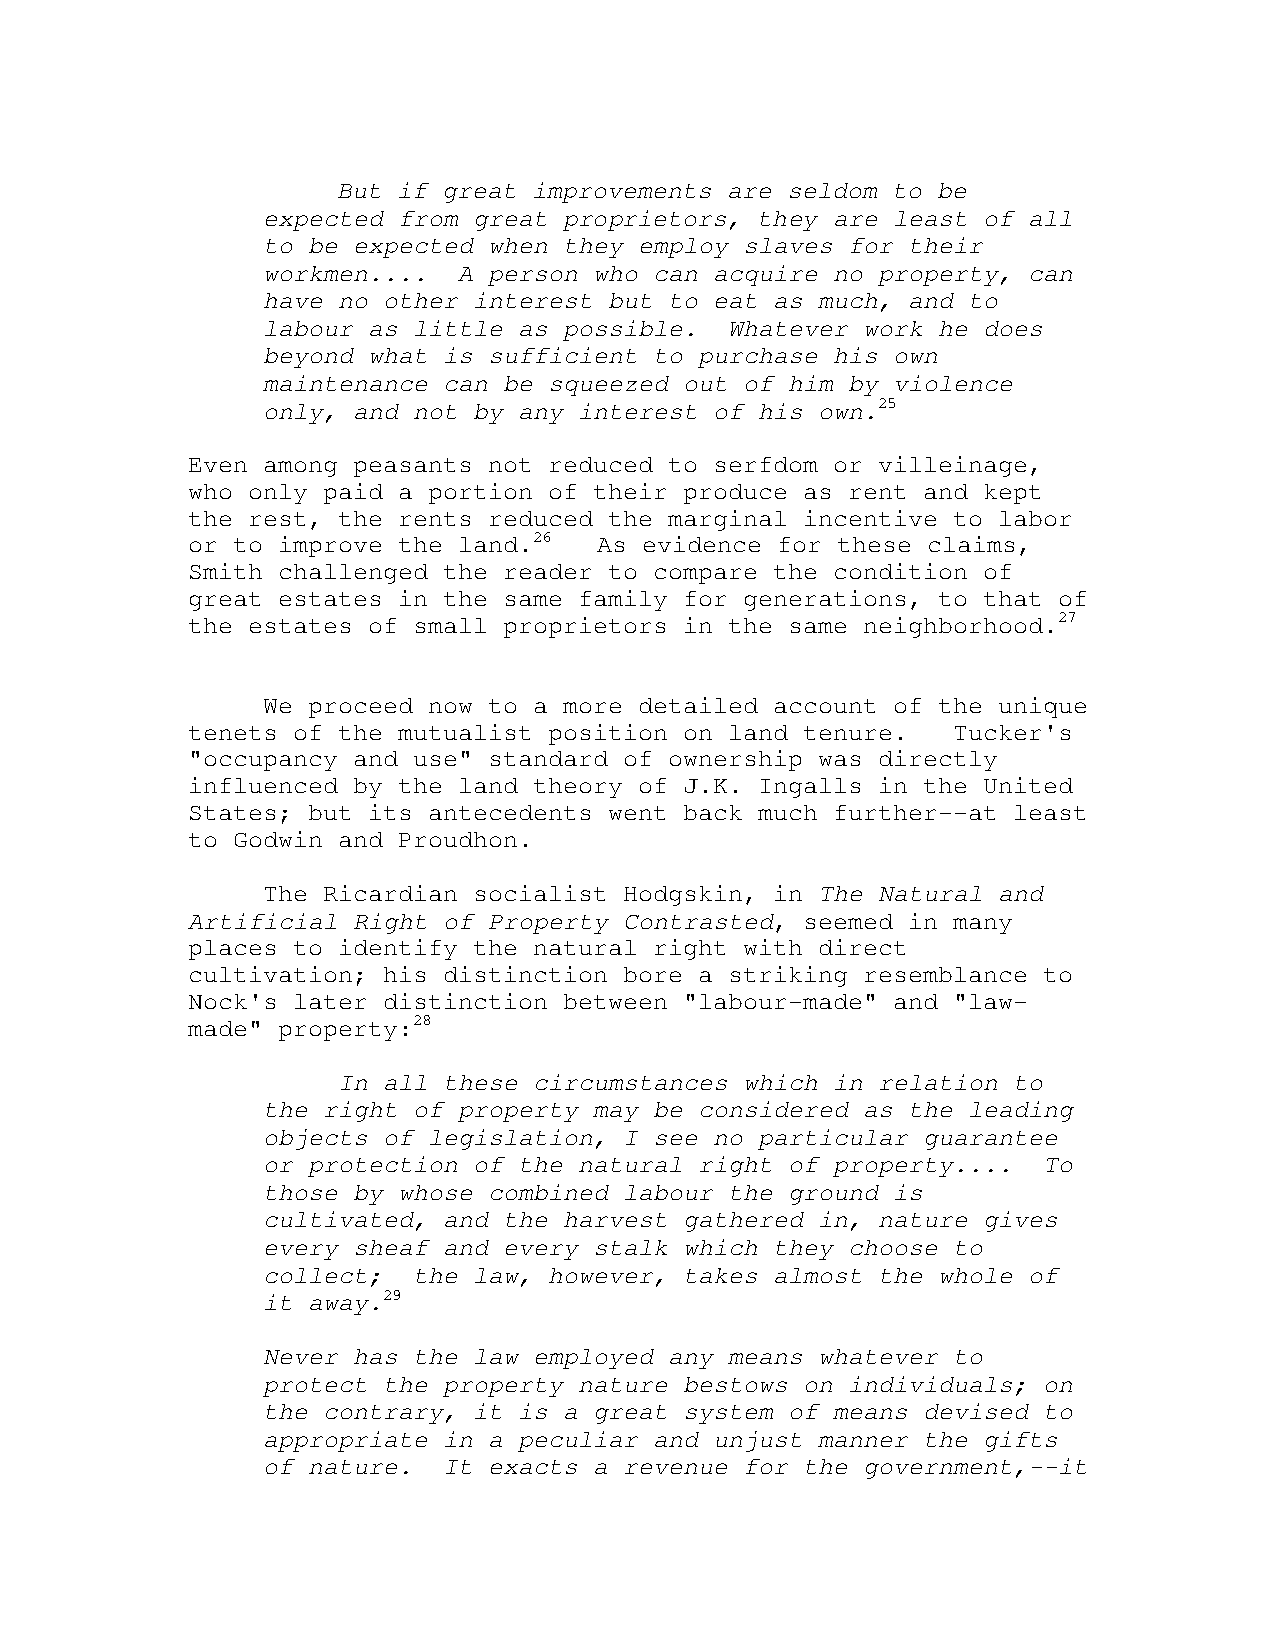
But if great improvements are seldom to be
 expected from great proprietors, they are least of all
 to be expected when they employ slaves for their
 workmen....  A person who can acquire no property, can
 have no other interest but to eat as much, and to
 labour as little as possible.  Whatever work he does
 beyond what is sufficient to purchase his own
 maintenance can be squeezed out of him by violence
 only, and not by any interest of his own.25
 Even among peasants not reduced to serfdom or villeinage,
 who only paid a portion of their produce as rent and kept
 the rest, the rents reduced the marginal incentive to labor
 or to improve the land.26   As evidence for these claims,
 Smith challenged the reader to compare the condition of
 great estates in the same family for generations, to that of
 the estates of small proprietors in the same neighborhood.27
 We proceed now to a more detailed account of the unique
 tenets of the mutualist position on land tenure.   Tucker's
 "occupancy and use" standard of ownership was directly
 influenced by the land theory of J.K. Ingalls in the United
 States; but its antecedents went back much further--at least
 to Godwin and Proudhon.
 The Ricardian socialist Hodgskin, in The Natural and
 Artificial Right of Property Contrasted, seemed in many
 places to identify the natural right with direct
 cultivation; his distinction bore a striking resemblance to
 Nock's later distinction between "labour-made" and "law-
 made" property:28
 In all these circumstances which in relation to
 the right of property may be considered as the leading
 objects of legislation, I see no particular guarantee
 or protection of the natural right of property....  To
 those by whose combined labour the ground is
 cultivated, and the harvest gathered in, nature gives
 every sheaf and every stalk which they choose to
 collect;  the law, however, takes almost the whole of
 it away.29
 Never has the law employed any means whatever to
 protect the property nature bestows on individuals; on
 the contrary, it is a great system of means devised to
 appropriate in a peculiar and unjust manner the gifts
 of nature.  It exacts a revenue for the government,--it